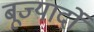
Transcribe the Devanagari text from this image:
बूज्यार्दो